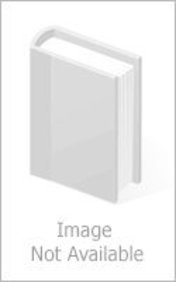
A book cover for Holidays in Britain & Ireland: A Guide for Disabled People; Travel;